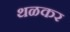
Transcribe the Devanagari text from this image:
थळकर